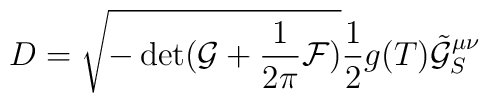
D=\sqrt{-\det (\mathcal{G}+\frac{1}{2\pi}\mathcal{F})}\frac{1}{2}g(T)\tilde{\mathcal{G}}_S^{\mu\nu}